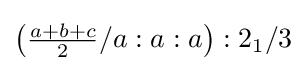
\left({\tfrac {a+b+c}{2}}/a:a:a\right):2_{1}/3